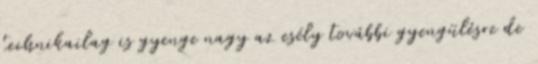
technikailag is gyenge nagy az esély további gyengülésre de